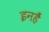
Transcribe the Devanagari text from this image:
इनहैं